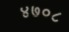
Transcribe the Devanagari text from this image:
४७०८